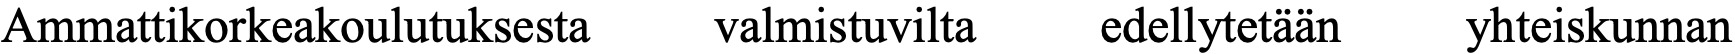
Ammattikorkeakoulutuksesta valmistuvilta edellytetään yhteiskunnan